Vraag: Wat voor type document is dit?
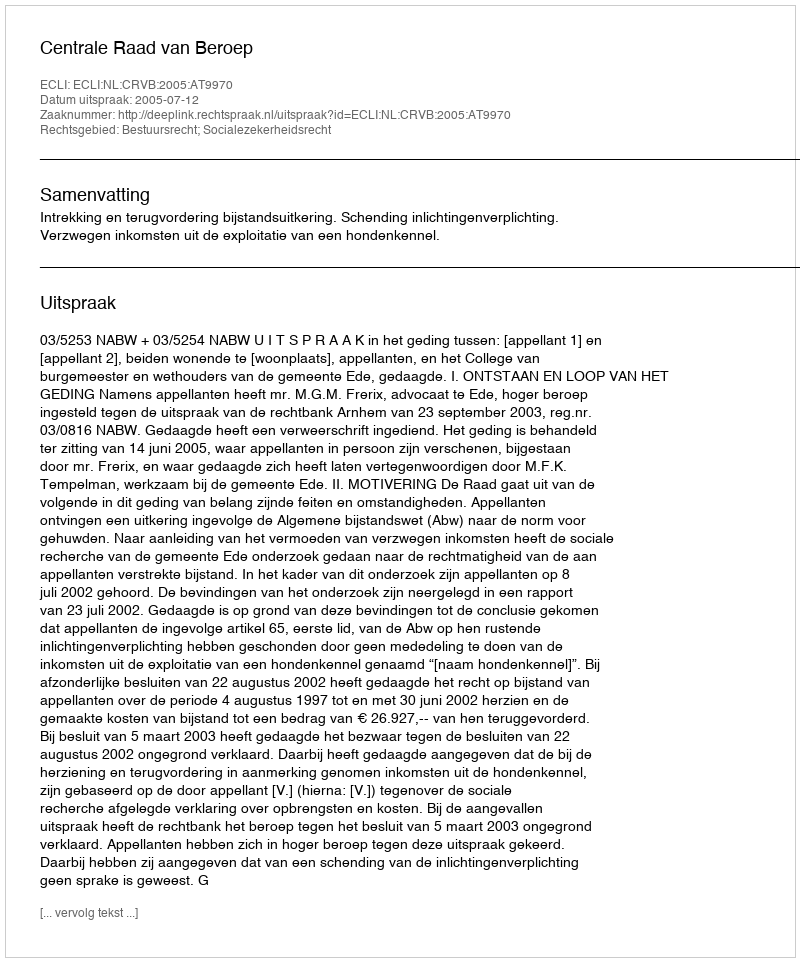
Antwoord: Uitspraak